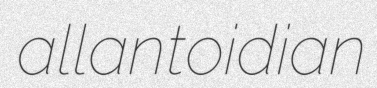
allantoidian